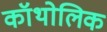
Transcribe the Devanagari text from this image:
कॉथोलिक